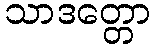
သာဒတ္တော